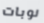
نوبات